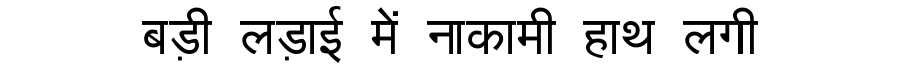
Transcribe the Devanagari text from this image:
बड़ी लड़ाई में नाकामी हाथ लगी